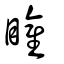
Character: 矔